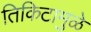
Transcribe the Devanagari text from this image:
तिकिटामुळे